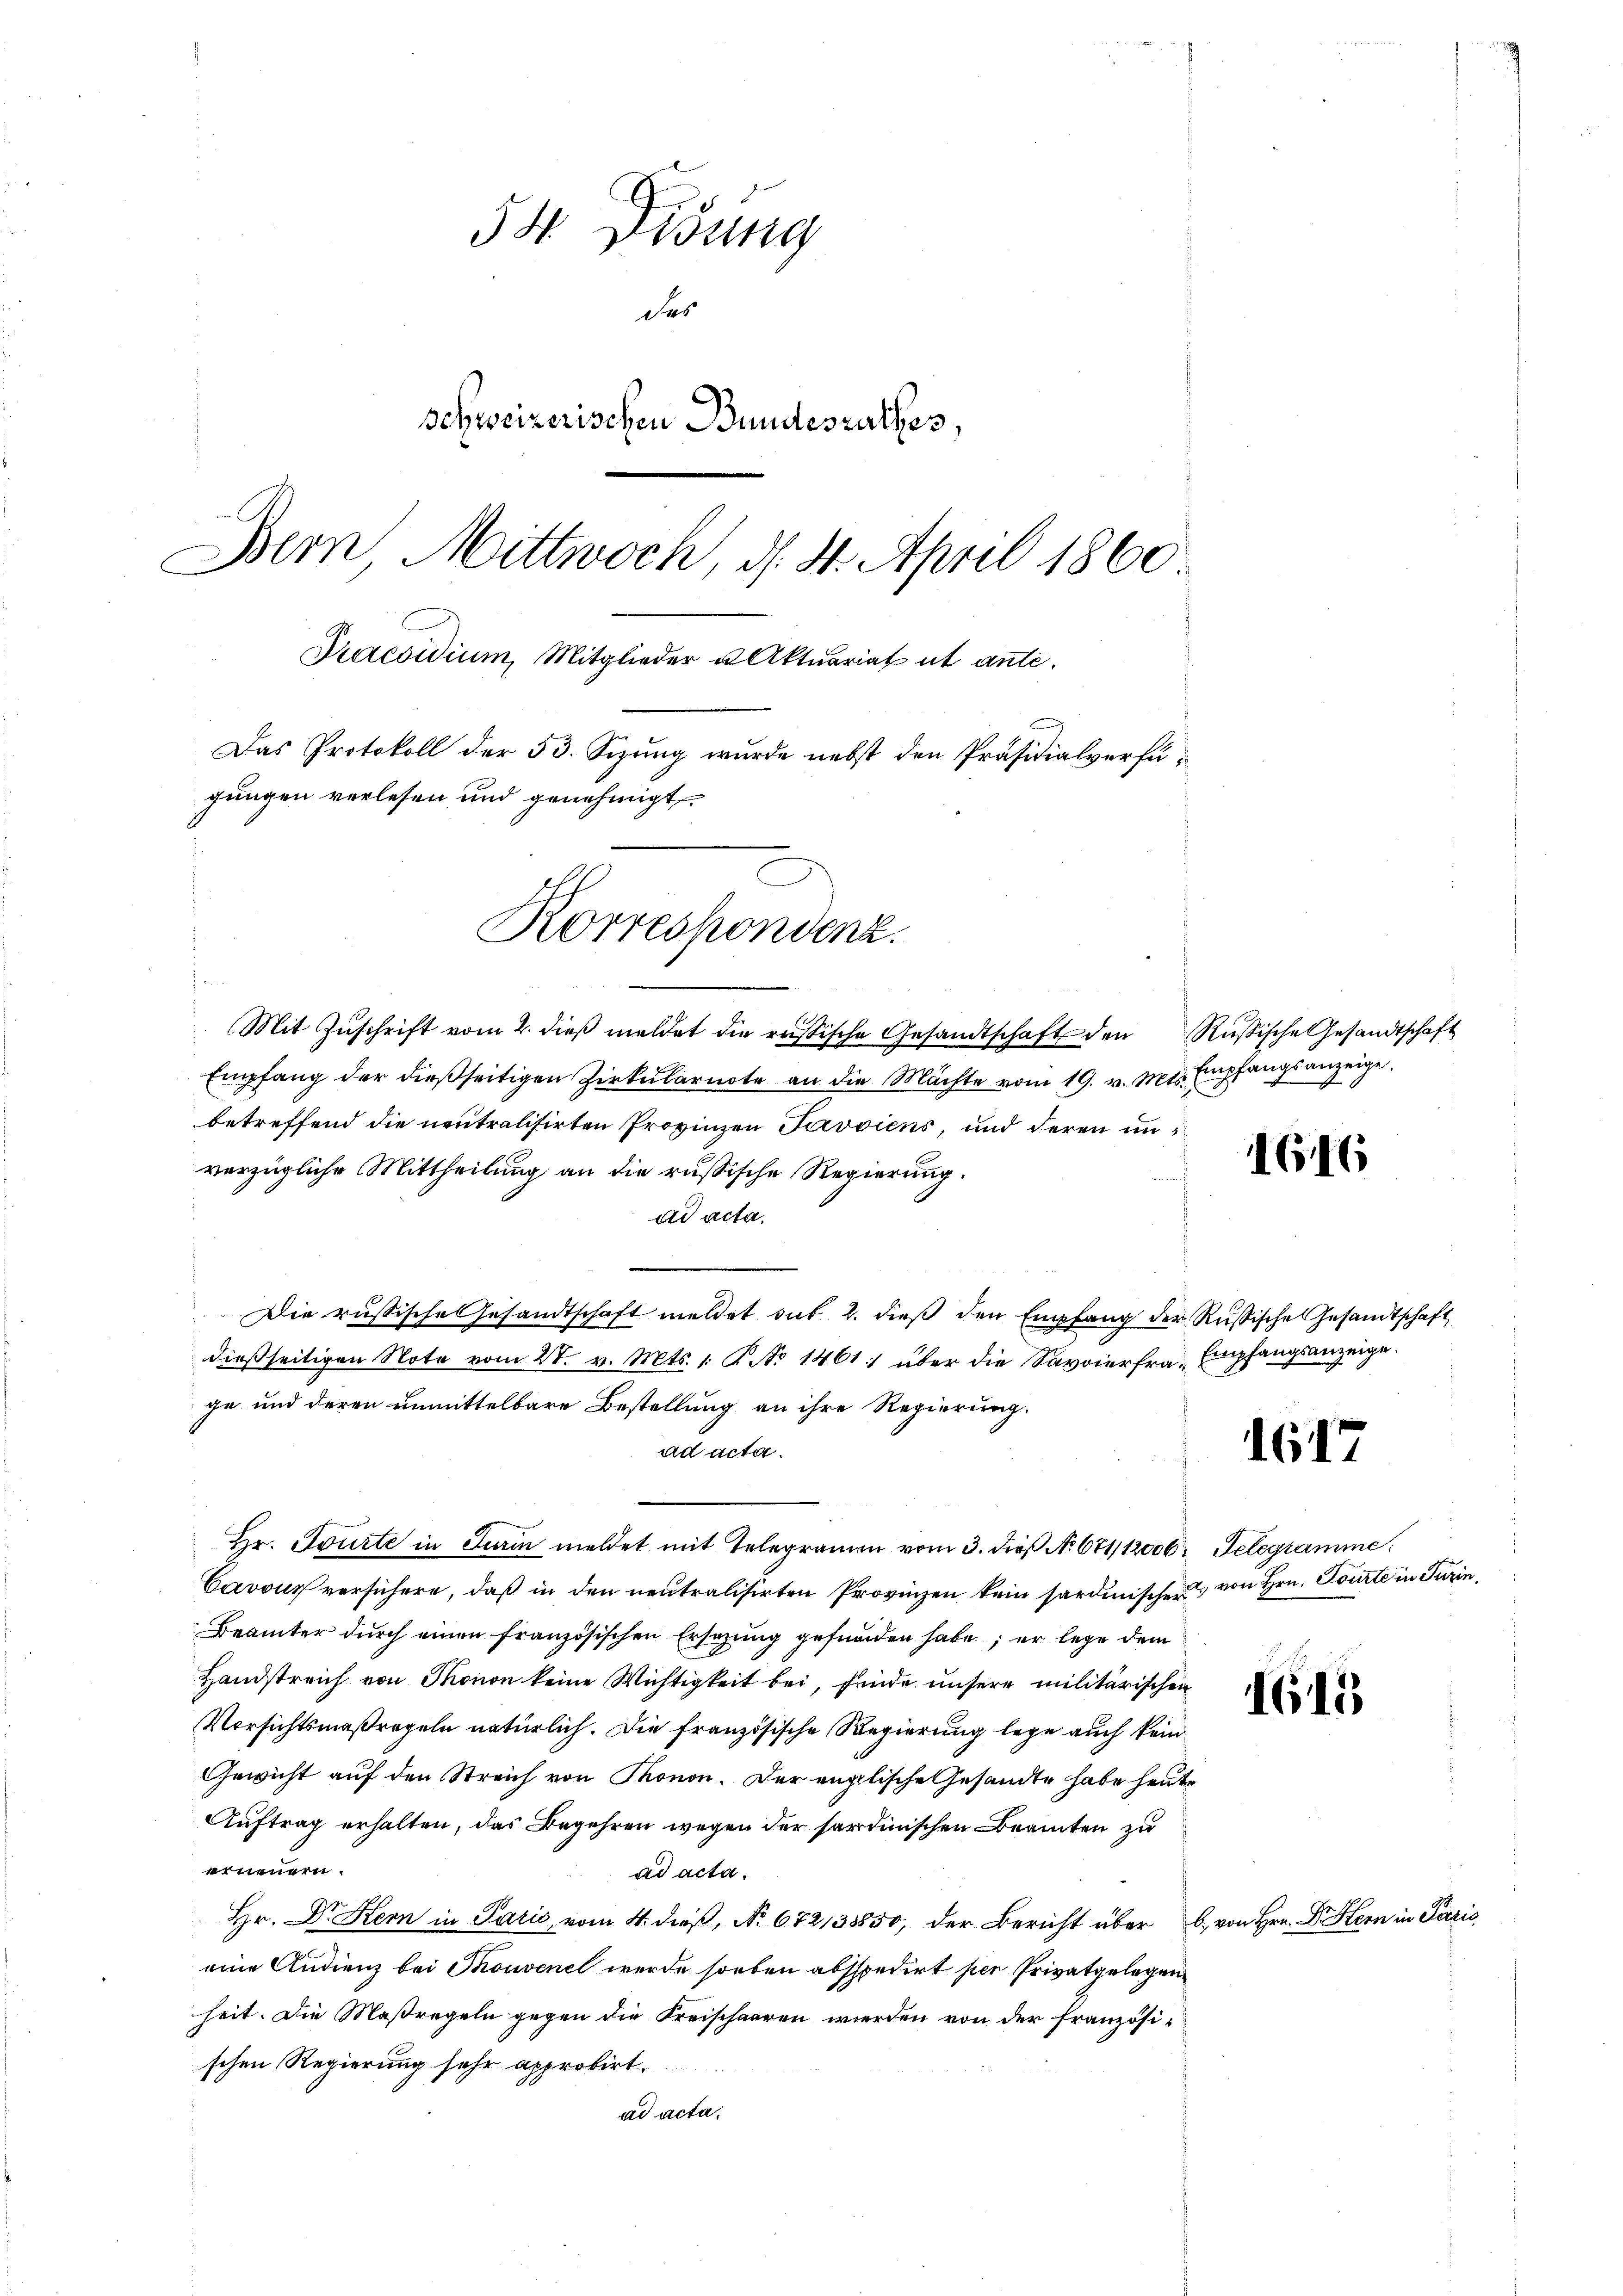
54. Disung
des
Schweizerischen Bundesrathes,
Bern Mittwoch, d. 4. April 1860
Praesidium, Mitglieder u. Aktuariat ut ante.
Das Protokoll der 53. Sizung wurde nebst den Präsidialverfügungen verlesen und genehmigt.
Korrespondenz.

i
Mit Zŭschrift vom 2. dieβ meldet die russische Gesandtschaft den Russische Gesandtschaft
Empfang der dießseitigen Zirkularnote an die Mächte vom 19. v. Mts. Empfangsanzeige,
betreffend die neutralisirten Provinzen Pavviens, und deren un
verzügliche Mittheilung an die russische Regierung.
ad acta.
Die russische Gesandtschaft meldet sub. 2. dieß den Empfang der Russische Gesandtschaft
dießseitigen Note vom 28. v. Mts. 1. R. No 1461) über die Savoierfra- Empfangsanzeige.
ge und deren unmittelbare Bestellung an ihre Regierung.
ad acta.
Hr. Tourte in Turin meldet mit Telegramm vom 3. dieß No. 671, 12000. Telegramme
Cavous versichere, daß in den neutralisirten Provinzen kein sardinischen von Hrn. Tourte in Turin,
Beämter durch einen französischen Ersatzung gefunden habe; er lege dem
Handstreich von Thonon keine Wichtigkeit bei, finde unsere militärischen
Versichtsmaßregeln natürlich. Die französische Regierung lege auch kein
Gewicht auf den Streich von Thonon. Der englische Gesandte habe heute
Auftrag erhalten, das Begehren wegen der sardinischen Beamten zu
erneuern.
ad acta.
Hr. Dr Kern in Paris, vom 4. dieß, No. 672138850, der Bericht über b. von Hrn. Dr. Hern in Paris
eine Andienz bei Thouvenet werde soeben absspedirt per Privatgelegenheit. Die Maßregeln gegen die Kreischaaren werden von der französischen Regierung sehr approbirt.
ad acta.

1616

1617

1615